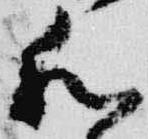
和